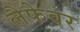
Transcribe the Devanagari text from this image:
लैफेवर